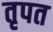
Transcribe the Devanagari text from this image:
तृपत